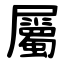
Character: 屬